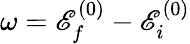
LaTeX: \omega=\mathscr{E}_{f}^{(0)}-\mathscr{E}_{i}^{(0)}